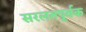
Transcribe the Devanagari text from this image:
सरलतपूर्वक